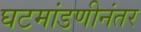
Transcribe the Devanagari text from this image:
घटमांडणीनंतर